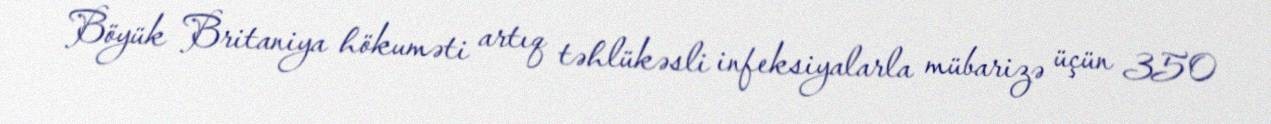
Böyük Britaniya hökuməti artıq təhlükəsli infeksiyalarla mübarizə üçün 350